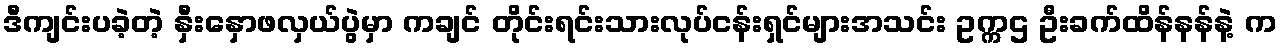
ဒီကျင်းပခဲ့တဲ့ နှီးနှောဖလှယ်ပွဲမှာ ကချင် တိုင်းရင်းသားလုပ်ငန်းရှင်များအသင်း ဥက္ကဌ ဦးခက်ထိန်နန်နဲ့ က